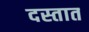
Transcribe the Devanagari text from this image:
दस्तात